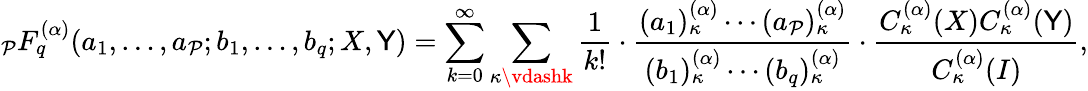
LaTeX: _{\mathcal{P}}F_{q}^{(\alpha)}(a_{1},\ldots,a_{\mathcal{P}};b_{1},\ldots,b_{q};X,\mathsf{Y})=\sum_{k=0}^{\infty}\sum_{\kappa\vdashk}{\frac{{1}}{{k!}}}\cdot{\frac{{(a_{1})_{\kappa}^{(\alpha)}\cdots(a_{\mathcal{P}})_{\kappa}^{(\alpha)}}}{{(b_{1})_{\kappa}^{(\alpha)}\cdots(b_{q})_{\kappa}^{(\alpha)}}}}\cdot{\frac{{C_{\kappa}^{(\alpha)}(X)C_{\kappa}^{(\alpha)}(\mathsf{Y})}}{{C_{\kappa}^{(\alpha)}(I)}}},